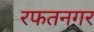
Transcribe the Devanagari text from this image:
रफतनगर